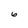
Character: 6